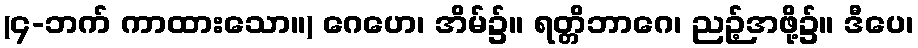
(၄-ဘက် ကာထားသော။) ဂေဟေ၊ အိမ်၌။ ရတ္တိဘာဂေ၊ ညဉ့်အဖို့၌။ ဒီပေ၊